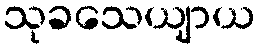
သုခသေယျာယ